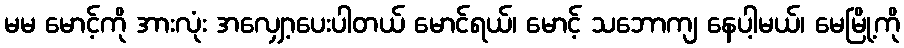
မမ မောင့်ကို အားလုံး အလျှော့ပေးပါတယ် မောင်ရယ်၊ မောင့် သဘောကျ နေပါ့မယ်၊ မေမြို့ကို